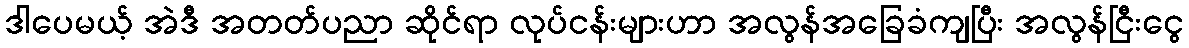
ဒါပေမယ့် အဲဒီ အတတ်ပညာ ဆိုင်ရာ လုပ်ငန်းများဟာ အလွန်အခြေခံကျပြီး အလွန်ငြီးငွေ